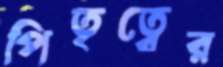
পিতৃত্বের